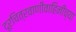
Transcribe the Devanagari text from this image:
दूरचित्रवाणीवाहिनीच्या